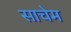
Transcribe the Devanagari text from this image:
साचेम